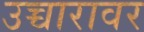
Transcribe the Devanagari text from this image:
उच्चारावर